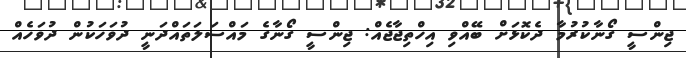
ޖިންސީ ގޯނާކުރުމާ ދެކޮޅަށް ބޭއްވި އިހްތިޖާޖެއް: ޖިންސީ ގޯނާގެ މައްސަލަތައްދަނީ ދުވަހަކުން ދުވަހެއް